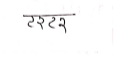
मजकूर: टरटर